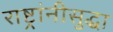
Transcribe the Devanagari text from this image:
राष्ट्रांनीसुद्धा